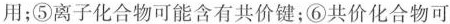
作用；⑤离子化合物可能含有共价键；⑥共价化合物可